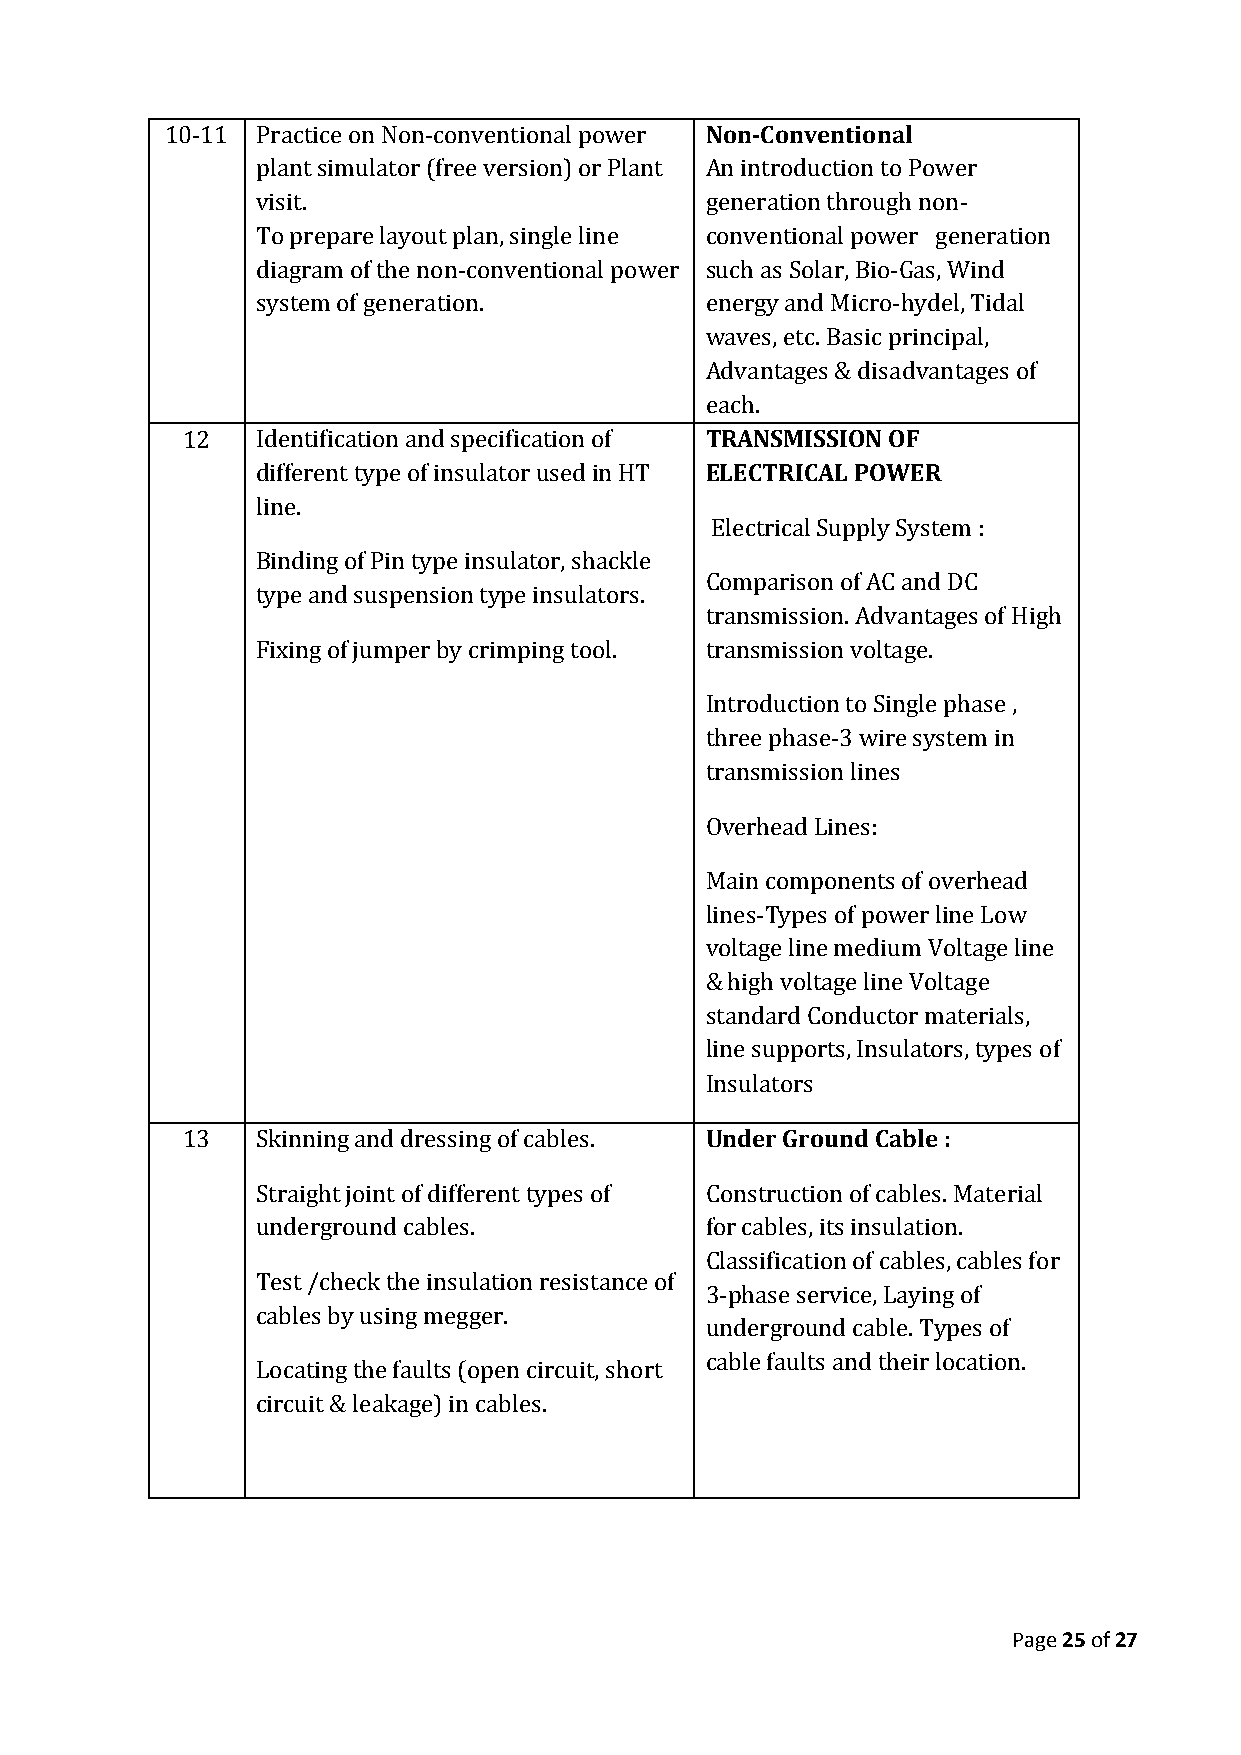
10-11 Practice on Non-conventional power Non-Conventional
 plant simulator (free version) or Plant An introduction to Power
 visit.                        generation through non-
 To prepare layout plan, single line conventional power generation
 diagram of the non-conventional power such as Solar, Bio-Gas, Wind
 system of generation.         energy and Micro-hydel, Tidal
 waves, etc. Basic principal,
 Advantages & disadvantages of
 each.
 12   Identification and specification of TRANSMISSION OF
 different type of insulator used in HT ELECTRICAL POWER
 line.
 Electrical Supply System :
 Binding of Pin type insulator, shackle
 Comparison of AC and DC
 type and suspension type insulators.
 transmission. Advantages of High
 Fixing of jumper by crimping tool. transmission voltage.
 Introduction to Single phase ,
 three phase-3 wire system in
 transmission lines
 Overhead Lines:
 Main components of overhead
 lines-Types of power line Low
 voltage line medium Voltage line
 & high voltage line Voltage
 standard Conductor materials,
 line supports, Insulators, types of
 Insulators
 13   Skinning and dressing of cables. Under Ground Cable :
 Straight joint of different types of Construction of cables. Material
 underground cables.           for cables, its insulation.
 Classification of cables, cables for
 Test /check the insulation resistance of
 3-phase service, Laying of
 cables by using megger.
 underground cable. Types of
 cable faults and their location.
 Locating the faults (open circuit, short
 circuit & leakage) in cables.
 Page 25 of 27